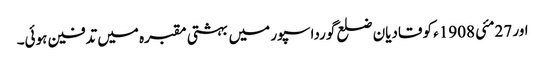
اور 27مئی 1908ء کو قادیان ضلع گورداسپور میں بہشتی مقبرہ میں تدفین ہوئی۔